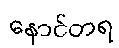
နောင်တရ